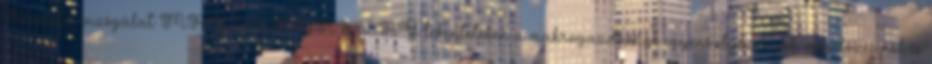
Részletes vizsgálat MAGYARORSZÁG tekintetében a makrogazdasági egyensúlyhiányok megelőzéséről és